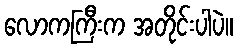
လောကကြီးက အတိုင်းပါပဲ။